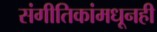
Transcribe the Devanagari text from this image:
संगीतिकांमधूनही